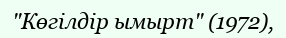
"Көгілдір ымырт" (1972),